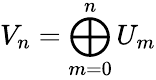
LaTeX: V_{n}=\bigoplus_{m=0}^{n}U_{m}